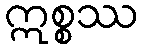
ဣစ္စဿ